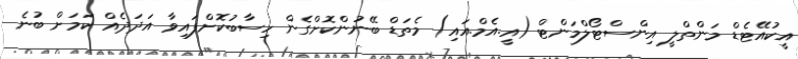
އީކުއޭޓެޑް މަންތްލީ އިންސްޓޯލްމަންޓް (އީ.އެމް.އައި) މެތަޑް ބޭނުންކޮށްގެން ހިސާބުކޮށްފައިވާ އަދަދެއް ކަމަށް ބުނެ